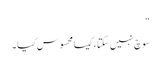
“
سوچ نہیں سکتا ، کیسا محسوس کیا ۔